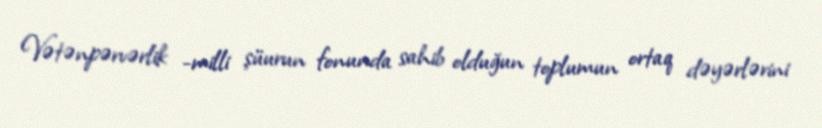
Vətənpərvərlik -milli şüurun fonunda sahib olduğun toplumun ortaq dəyərlərini